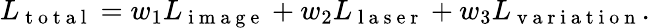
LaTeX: L_{\mathrm{~t~o~t~a~l~}}=w_{1}L_{\mathrm{~i~m~a~g~e~}}+w_{2}L_{\mathrm{~l~a~s~e~r~}}+w_{3}L_{\mathrm{~v~a~r~i~a~t~i~o~n~}}.